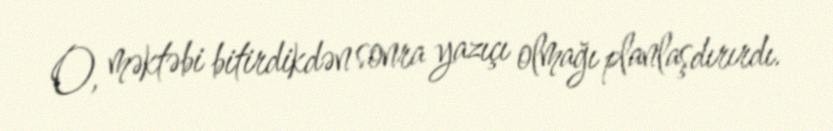
O, məktəbi bitirdikdən sonra yazıçı olmağı planlaşdırırdı.